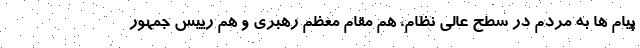
پیام ها به مردم در سطح عالی نظام، هم مقام معظم رهبری و هم رییس جمهور